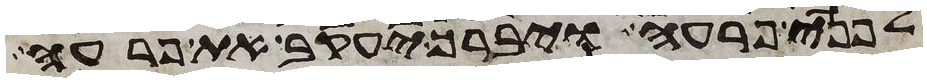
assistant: לפני פרעה ויברך יעקב את פרעה